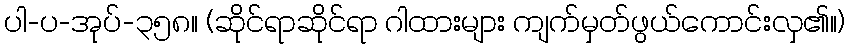
ပါ-ပ-အုပ်-၃၅၈။ (ဆိုင်ရာဆိုင်ရာ ဂါထားများ ကျက်မှတ်ဖွယ်ကောင်းလှ၏။)